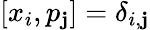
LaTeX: [x_{i},p_{\mathbf{j}}]=\delta_{i,\mathbf{j}}